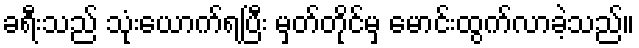
ခရီးသည် သုံးယောက်ရပြီး မှတ်တိုင်မှ မောင်းထွက်လာခဲ့သည်။